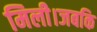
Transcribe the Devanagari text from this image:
मिली।जबकि